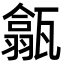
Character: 㽂